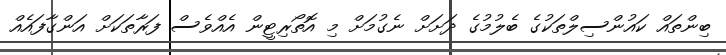
ބިންތައް ކައުންސިލްތަކުގެ ބެލުމުގެ ދަށަށް ނެގުމަށް މި އޮތޯރިޓީން އެއްވެސް ފަރާތަކަށް އަންގާފައެއް